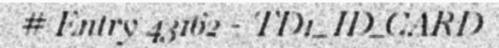
# Entry 43162 - TD1_ID_CARD